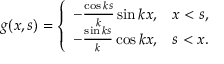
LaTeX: g ( x , s ) = { \left\{ \begin{array} { l l } { - { \frac { \cos k s } { k } } \sin k x , } & { x < s , } \\ { - { \frac { \sin k s } { k } } \cos k x , } & { s < x . } \end{array} \right. }